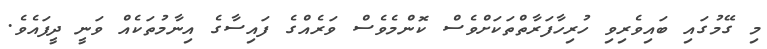
މި ގޭމުގައި ބައިވެރިވި ހުރިހާފަރާތްތަކަށްވެސް ކޮންމެވެސް ވަރެއްގެ ފައިސާގެ އިނާމުތަކެއް ވަނީ ދީފައެވެ.